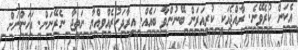
އެކަން ކުރެވޭނެ. ރާއްޖެއަކީ ކުރިއަރަން ބޭނުންވާ ބައެއް. އިރާދަކުރެއްވިއްޔާ ނަތީޖާ ނެރޭނަން. އަހަންނަށް